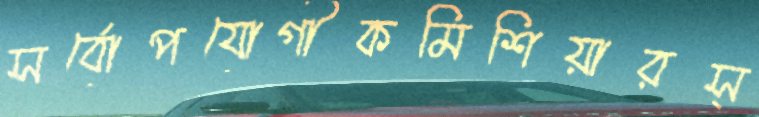
সর্বোপযোগীকমিশিয়ারস্